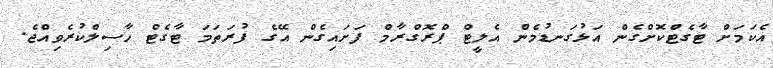
އެކަމަށް ޓާގެޓްކޮށްގެން އަޅުގަނޑުމެން އެލީޓް ޕްރޮގްރާމް ފަށައިގެން އޭގެ ފުރަތަމަ ޓާގެޓް ހާސިލްކުރެވިއްޖެ.